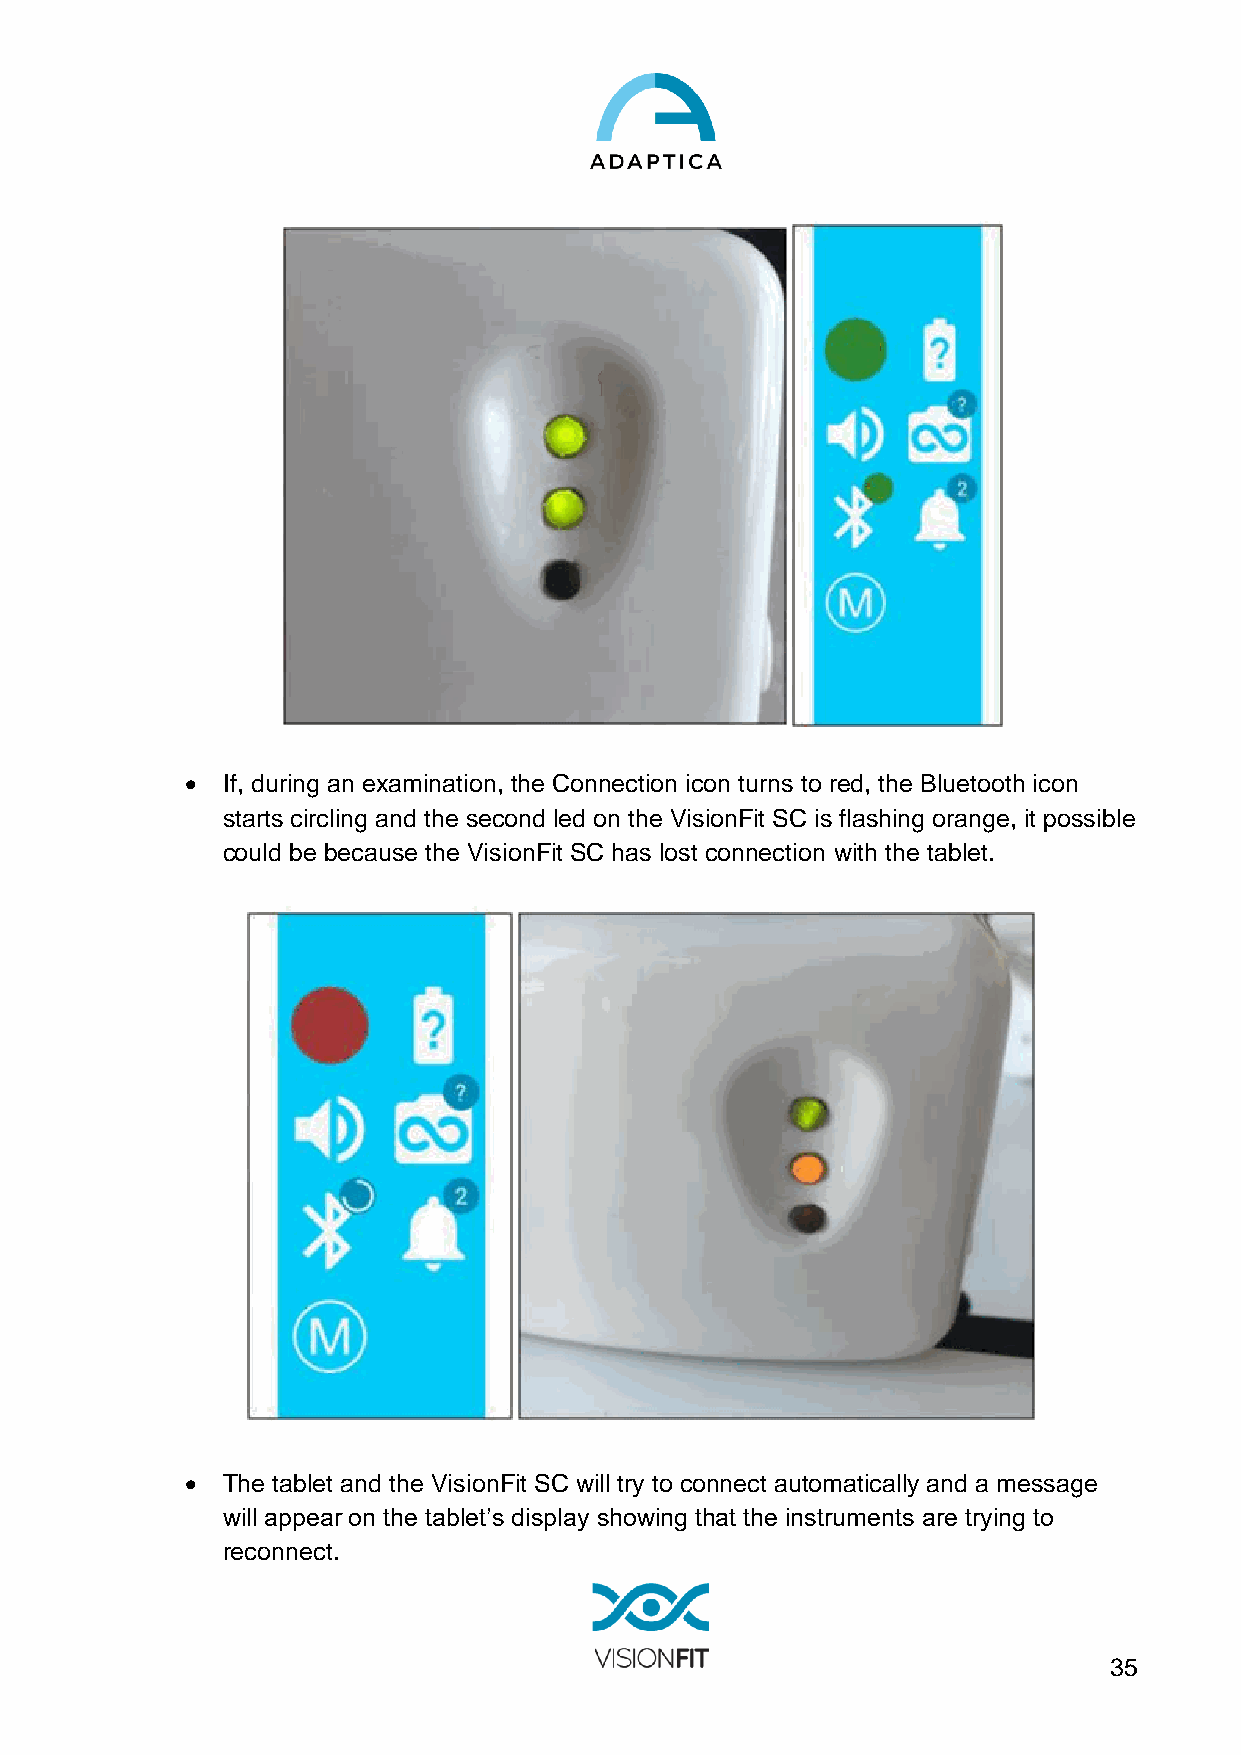
•  If, during an examination, the Connection icon turns to red, the Bluetooth icon
 starts circling and the second led on the VisionFit SC is flashing orange, it possible
 could be because the VisionFit SC has lost connection with the tablet.
 •  The tablet and the VisionFit SC will try to connect automatically and a message
 will appear on the tablet’s display showing that the instruments are trying to
 reconnect.
 35